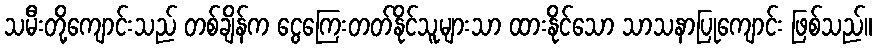
သမီးတို့ကျောင်းသည် တစ်ချိန်က ငွေကြေးတတ်နိုင်သူများသာ ထားနိုင်သော သာသနာပြုကျောင်း ဖြစ်သည်။